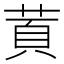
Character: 鿓